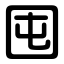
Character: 囤